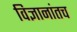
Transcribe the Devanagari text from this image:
विज्ञानांतच